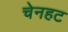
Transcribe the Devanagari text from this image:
चेनहट